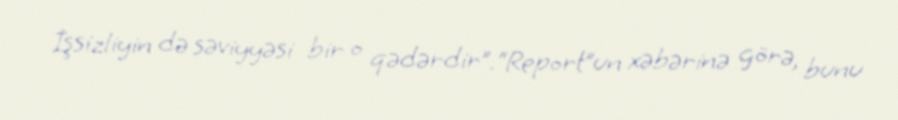
İşsizliyin də səviyyəsi bir o qədərdir”.“Report”un xəbərinə görə, bunu